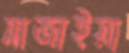
সাজাইয়া